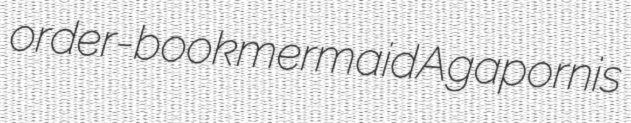
order-book mermaid Agapornis